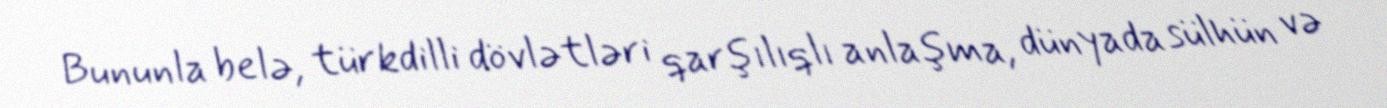
Bununla belə, türkdilli dövlətləri qarşılıqlı anlaşma, dünyada sülhün və